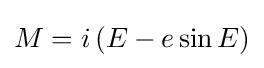
M=i\left(E-e\sin E\right)